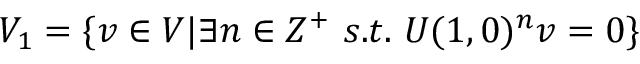
V _ { 1 } = \{ v \in V | \exists n \in Z ^ { + } \ s . t . \ U ( 1 , 0 ) ^ { n } v = 0 \}